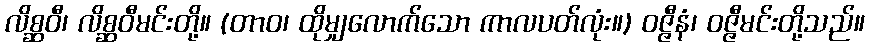
လိစ္ဆဝီ၊ လိစ္ဆဝီမင်းတို့။ (တာဝ၊ ထိုမျှလောက်သော ကာလပတ်လုံး။) ဝဇ္ဇီနံ၊ ဝဇ္ဇီမင်းတို့သည်။